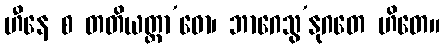
ဟီနေ စ တတိယတ္ထာ’ဓော၊ ဘာဂေသွ’နုဂတေ ဟိတေ။